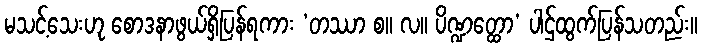
မသင့်သေးဟု စောဒနာဖွယ်ရှိပြန်ရကား ‘တဿာ စ။ လ။ ပိဏ္ဍတ္ထော’ ပါဌ်ထွက်ပြန်သတည်း။